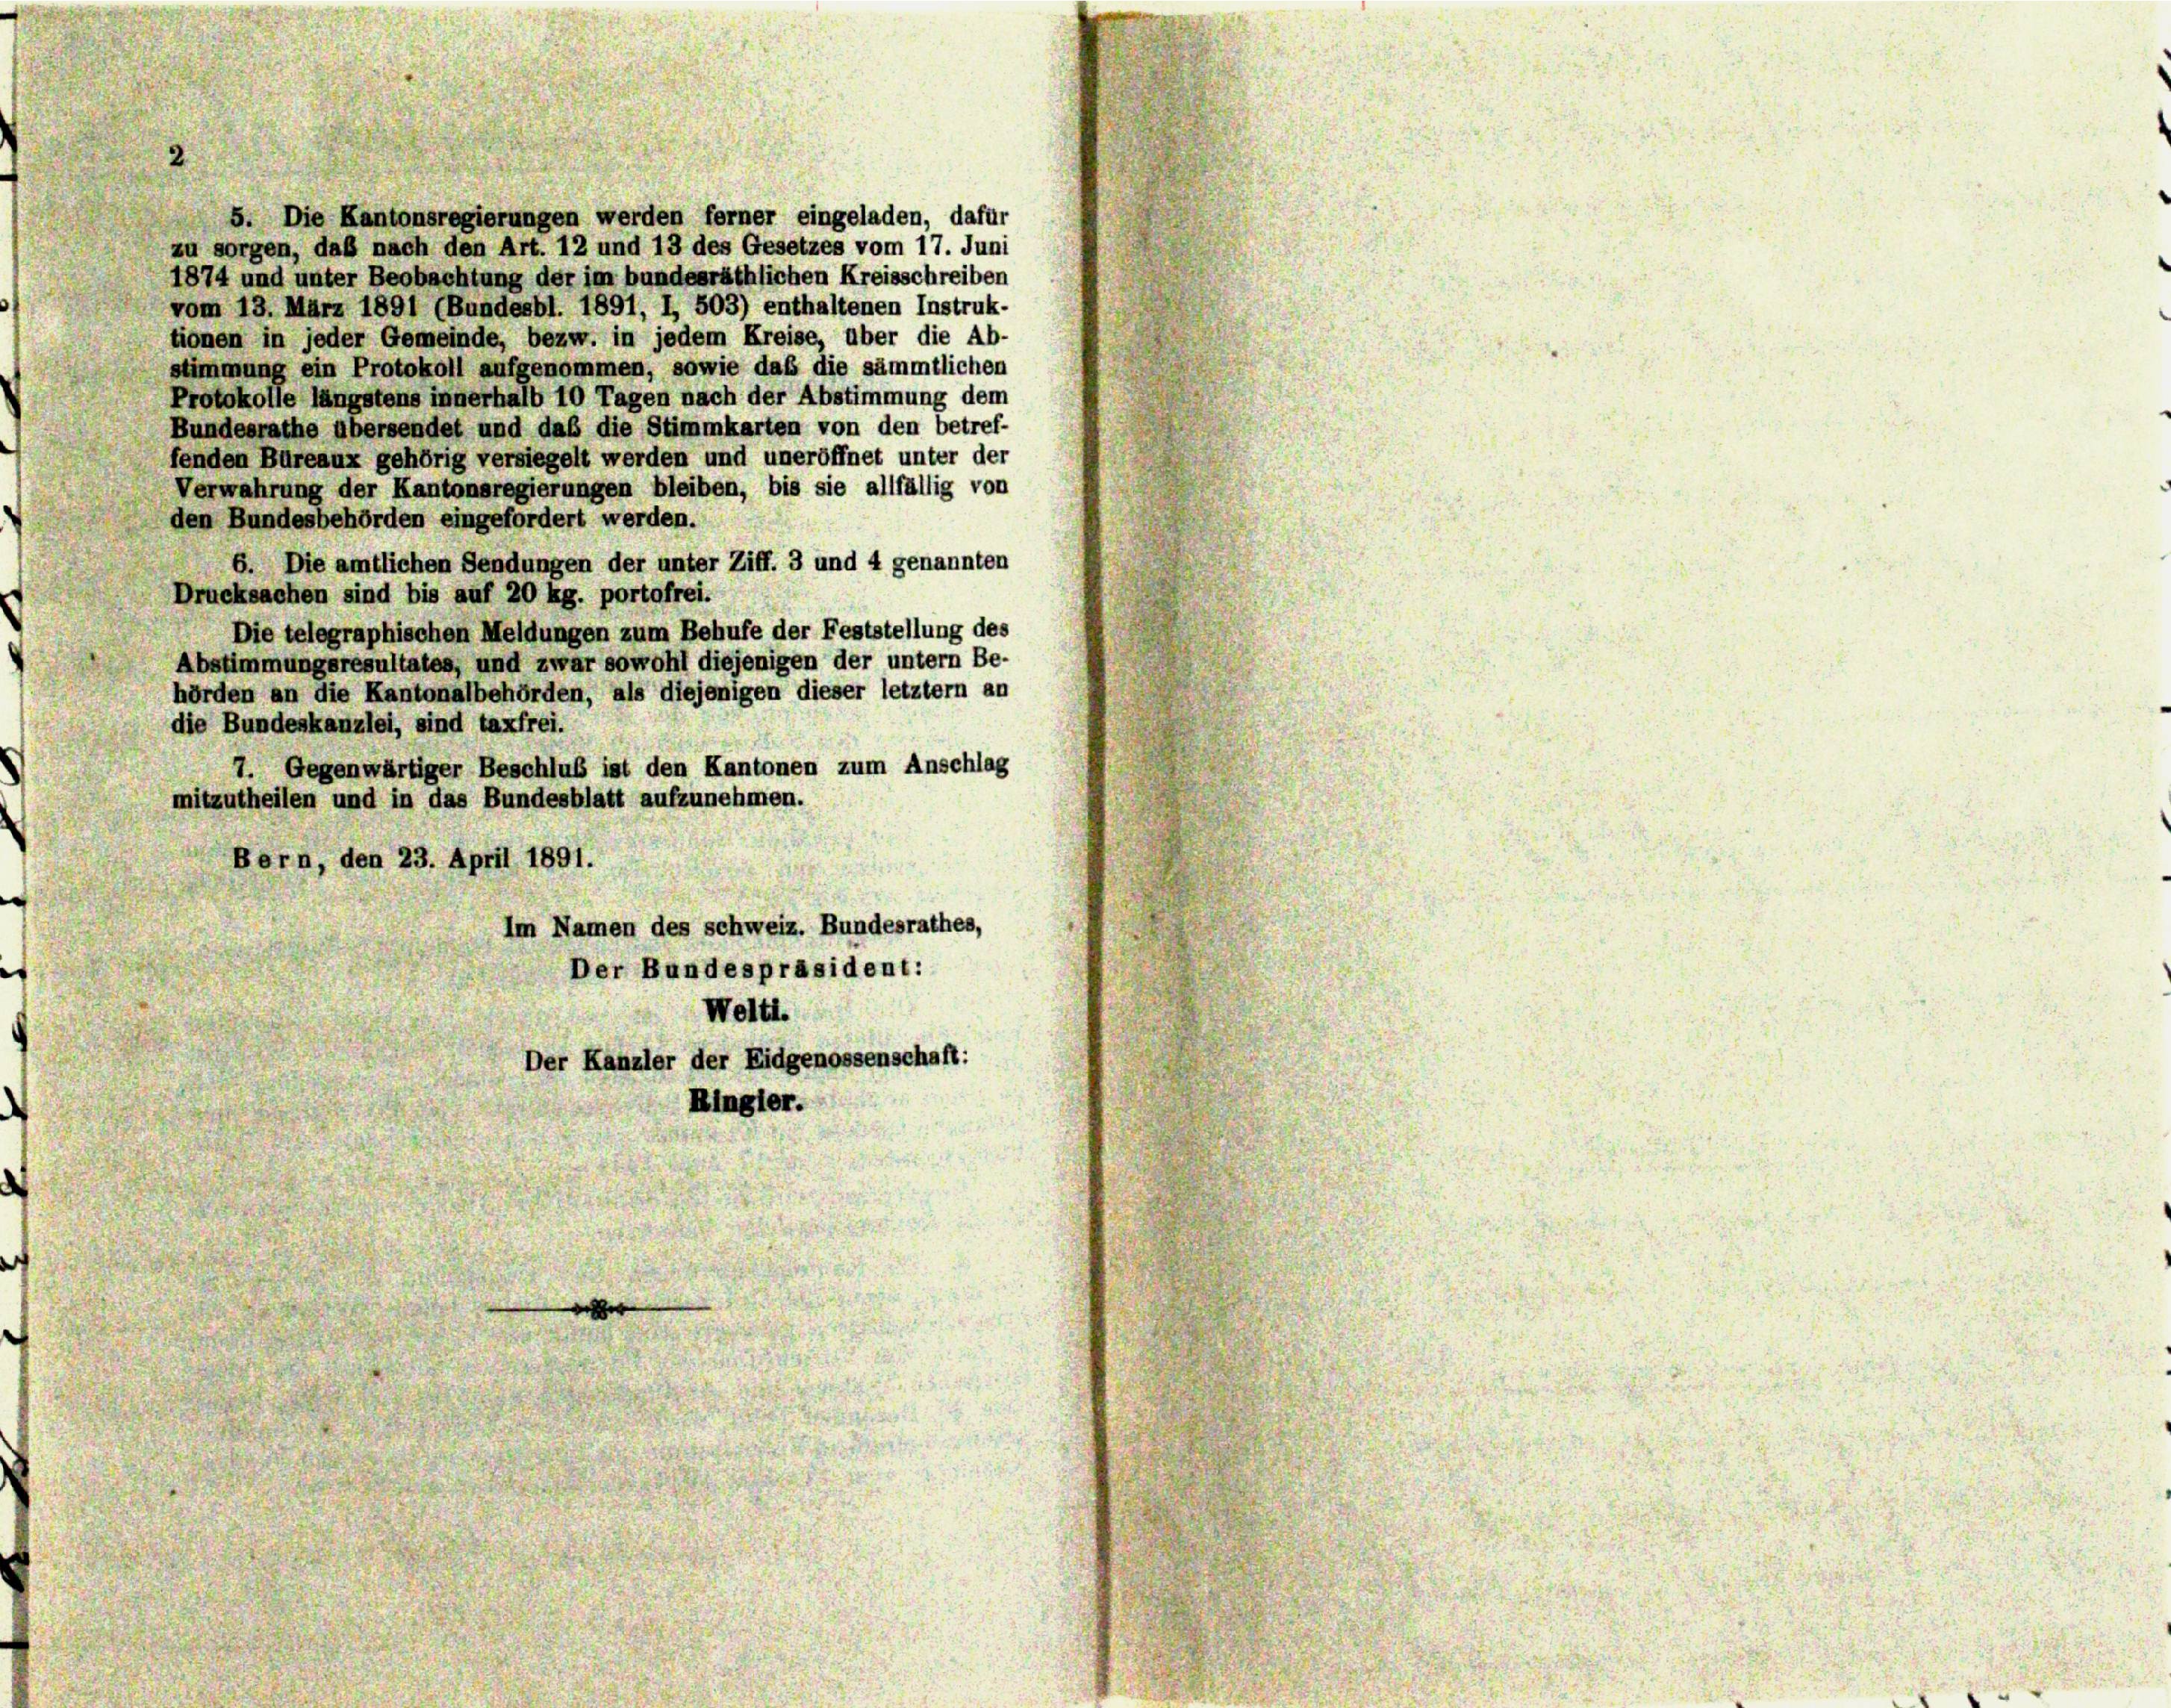
5. Die Kantonsregierungen werden ferner eingeladen, dafür
zu sorgen, daß nach den Art. 12 und 13 des Gesetzes vom 17. Juni
1874 und unter Beobachtung der im bundesräthlichen Kreisschreiben
vom 13. März 1891 (Bundesbl. 1891, I, 503) enthaltenen Instruk-
tionen in jeder Gemeinde, bezw. in jedem Kreise, über die Ab-
stimmung ein Protokoll aufgenommen, sowie das die sämmtlichen
Protokolle längstens innerhalb 10 Tagen nach der Abstimmung dem
Bundesrathe übersendet und daß die Stimmkarten von den betref-
fenden Büreaux gehörig versiegelt werden und uneröffnet unter der
Verwahrung der Kantonsregierungen bleiben, bis sie allfällig von
den Bundesbehörden eingefordert werden.
6. Die amtlichen Sendungen der unter Ziff. 3 und 4 genannten
Drucksachen sind bis auf 20 kg. portofrei.
Die telegraphischen Meldungen zum Behufe der Feststellung des
Abstimmungsresultates, und zwar sowohl diejenigen der untern Be-
hörden an die Kantonalbehörden, als diejenigen dieser letztem an
die Bundeskanzlei, sind taxfrei.
7. Gegenwärtiger Beschluß ist den Kantonen zum Anschlag
mitzutheilen und in das Bundesblatt aufzunehmen.
Bern, den 23. April 1891.
Im Namen des schweiz. Bundesrathes,
Der Bundespräsident:
Welti.
Der Kanzler der Eidgenossenschaft:
Ringler.